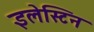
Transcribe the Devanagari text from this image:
इलेस्टिन